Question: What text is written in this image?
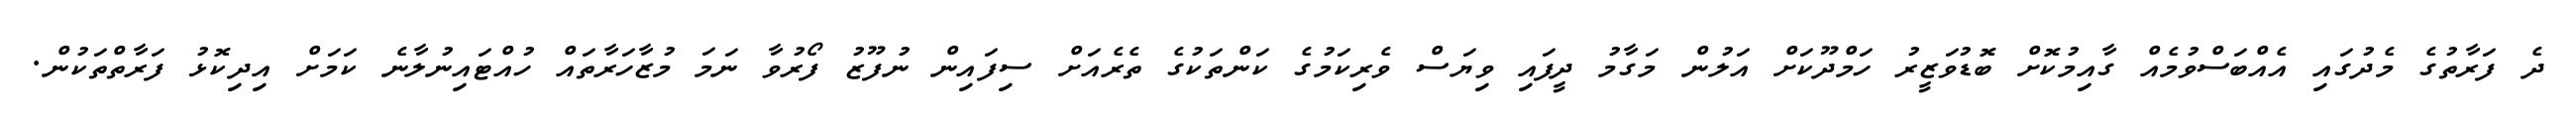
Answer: ދެ ފަރާތުގެ މެދުގައި އެއްބަސްވުމެއް ގާއިމުކޮށް ބޮޑުވަޒީރު ހަމްދޫކަށް އަލުން މަގާމު ދީފައި ވިޔަސް ވެރިކަމުގެ ކަންތަކުގެ ތެރެއަށް ސިފައިން ނުފޫޒު ފޯރުވާ ނަމަ މުޒާހަރާތައް ހުއްޓައިނުލާނެ ކަމަށް އިދިކޮޅު ފަރާތްތަކުން.